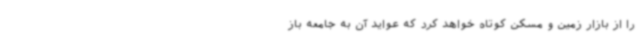
را از بازار زمین و مسکن کوتاه خواهد کرد که عواید آن به جامعه باز